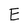
Character: E